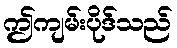
ဤကျမ်းပိုဒ်သည်